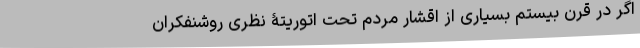
اگر در قرن بیستم بسیاری از اقشار مردم تحت اتوریتۀ نظری روشنفکران